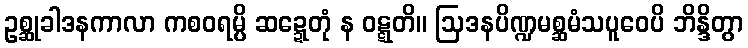
ဥစ္ဆုခါဒနကာလာ ကစဝရမ္ပိ ဆဍ္ဍေတုံ န ဝဋ္ဋတိ။ ဩဒနပိဏ္ဍမစ္ဆမံသပူဝေပိ ဘိန္ဒိတွာ